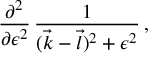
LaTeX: { \frac { \partial ^ { 2 } } { \partial \epsilon ^ { 2 } } } \, { \frac { 1 } { ( { \vec { k } } - { \vec { l } } ) ^ { 2 } + \epsilon ^ { 2 } } } \, ,